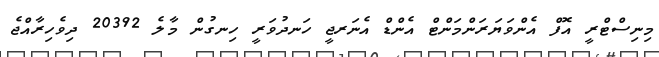
މިނިސްޓްރީ އޮފް އެންވަޔަރަންމަންޓް އެންޑް އެނަރޖީ ހަނދުވަރީ ހިނގުން މާލެ 20392 ދިވެހިރާއްޖެ